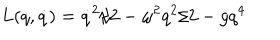
L ( q , \dot { q } ) = \dot { q } ^ { 2 } / 2 - \omega ^ { 2 } q ^ { 2 } / 2 - g q ^ { 4 }